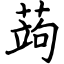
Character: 蒟